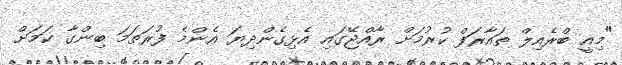
"މިއީ ބްރެއިލް ތައާރަފް ކުރުމަށް ރާއްޖޭގައި އެޅިގެންދިޔަ އެންމެ ފުރަތަމަ ބިންގާ ކަމަށް